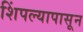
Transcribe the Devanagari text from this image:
शिंपल्यापासून